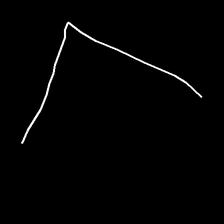
Glyph: region